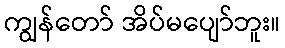
ကျွန်တော် အိပ်မပျော်ဘူး။